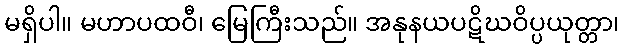
မရှိပါ။ မဟာပထဝီ၊ မြေကြီးသည်။ အနုနယပဋိဃဝိပ္ပယုတ္တာ၊